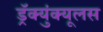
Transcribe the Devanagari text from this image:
ड्रॅक्युंक्यूलस